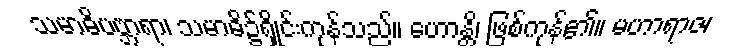
သမာဓိပဗ္ဘာရာ၊ သမာဓိ၌ရှိုင်းကုန်သည်။ ဟောန္တိ၊ ဖြစ်ကုန်၏။ မဟာရာဇ၊